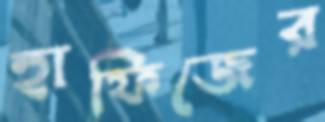
হাফিজের